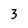
Character: 3